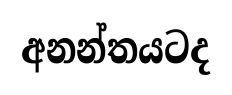
අනන්තයටද